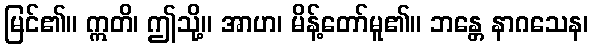
မြင်၏။ ဣတိ၊ ဤသို့။ အာဟ၊ မိန့်တော်မူ၏။ ဘန္တေ နာဂသေန၊